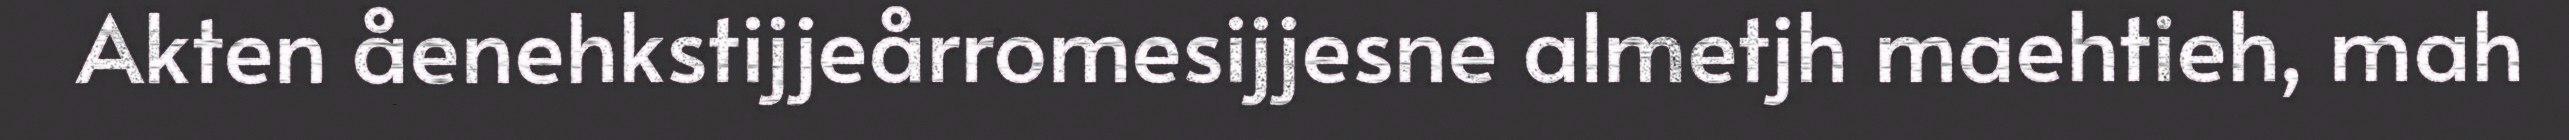
Akten åenehkstijjeårromesijjesne almetjh maehtieh, mah